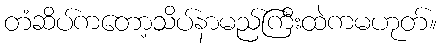
တံဆိပ်ကတော့သိပ်နာမည်ကြီးထဲကမဟုတ်။